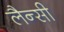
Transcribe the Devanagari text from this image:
लैन्सी